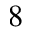
8